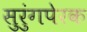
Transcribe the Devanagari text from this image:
सुरुंगपेरक